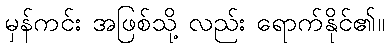
မှန်ကင်း အဖြစ်သို့ လည်း ရောက်နိုင်၏။